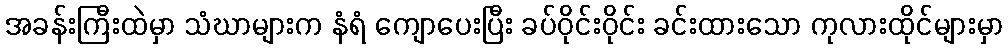
အခန်းကြီးထဲမှာ သံဃာများက နံရံ ကျောပေးပြီး ခပ်ဝိုင်းဝိုင်း ခင်းထားသော ကုလားထိုင်များမှာ